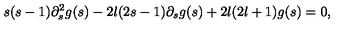
s ( s - 1 ) \partial _ { s } ^ { 2 } g ( s ) - 2 l ( 2 s - 1 ) \partial _ { s } g ( s ) + 2 l ( 2 l + 1 ) g ( s ) = 0 ,